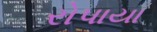
રોપાયા